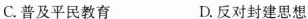
C.普及平民教育 D.反对封建思想